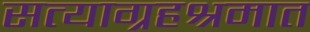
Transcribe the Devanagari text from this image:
सत्याग्रहश्रमात